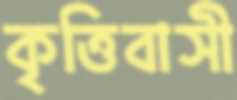
কৃত্তিবাসী